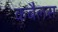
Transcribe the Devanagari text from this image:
कबैलस